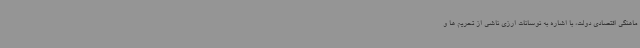
ماهنگی اقتصادی دولت، با اشاره به نوسانات ارزی ناشی از تحریم ها و